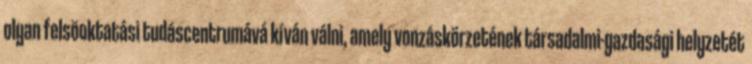
olyan felsõoktatási tudáscentrumává kíván válni, amely vonzáskörzetének társadalmi-gazdasági helyzetét